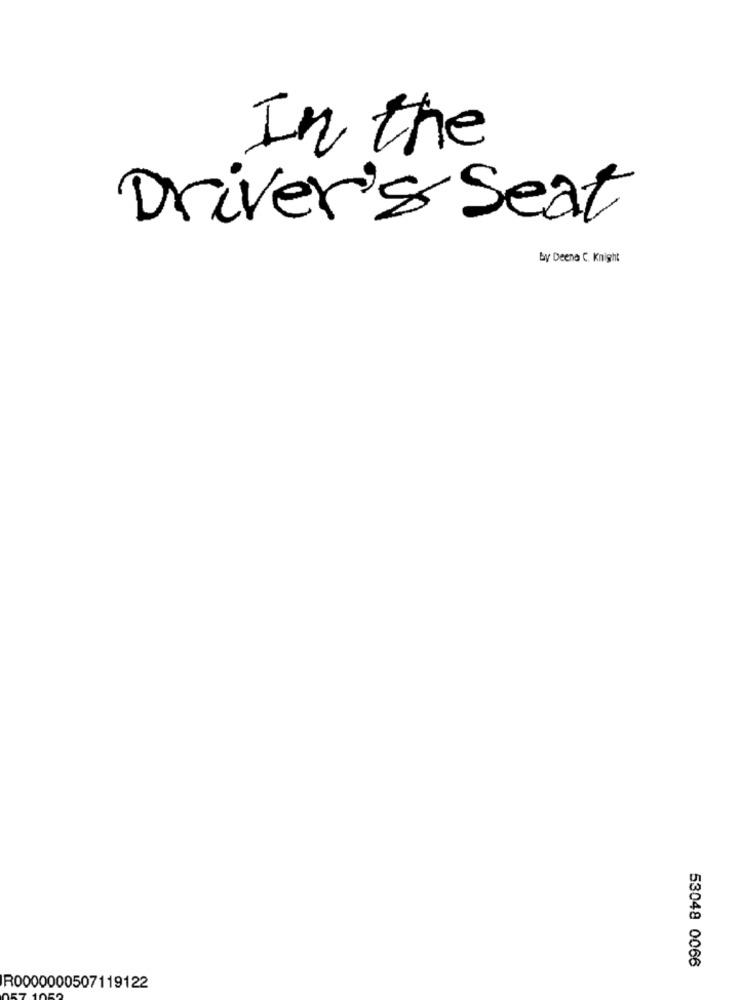
In the
Driver's Seat
by Deena C. Knight
53048 0066
R0000000507119122